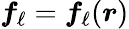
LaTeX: \boldsymbol{f}_{\ell}=\boldsymbol{f}_{\ell}(\boldsymbol{r})